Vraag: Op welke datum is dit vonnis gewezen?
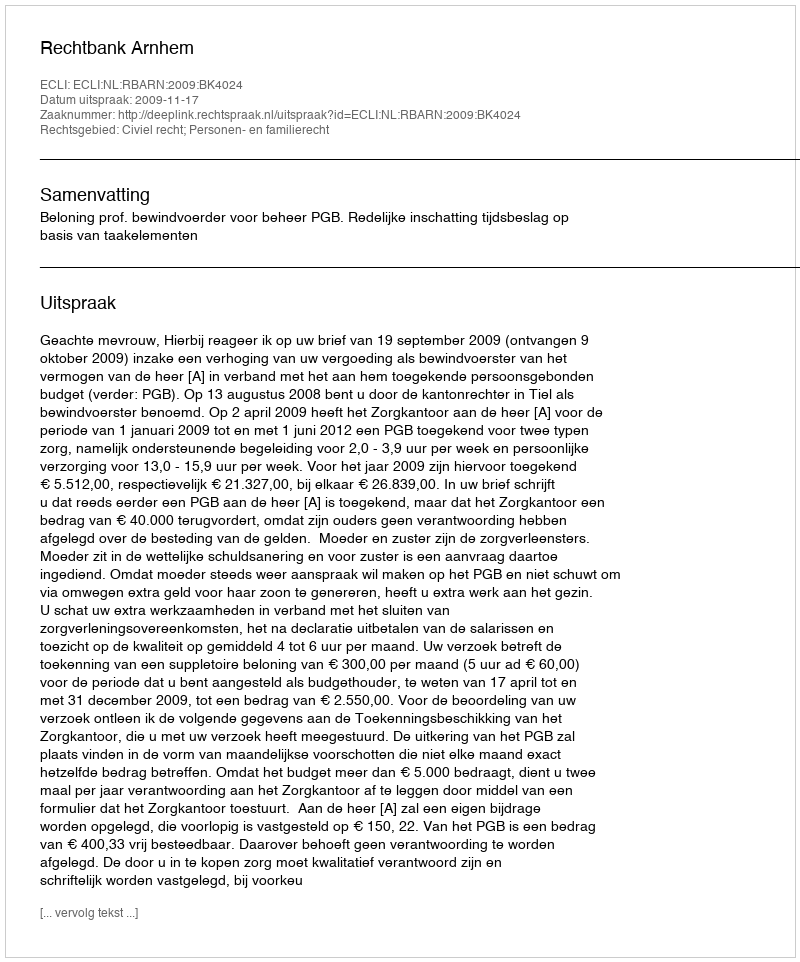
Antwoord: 2009-11-17